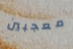
معجبين